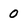
Character: 0